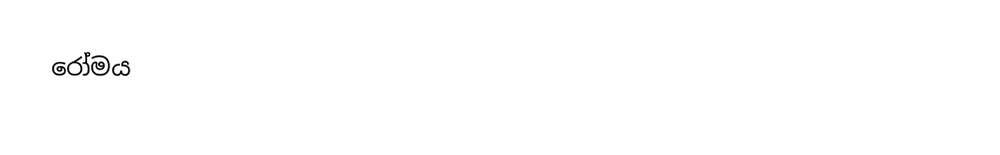
රෝමය